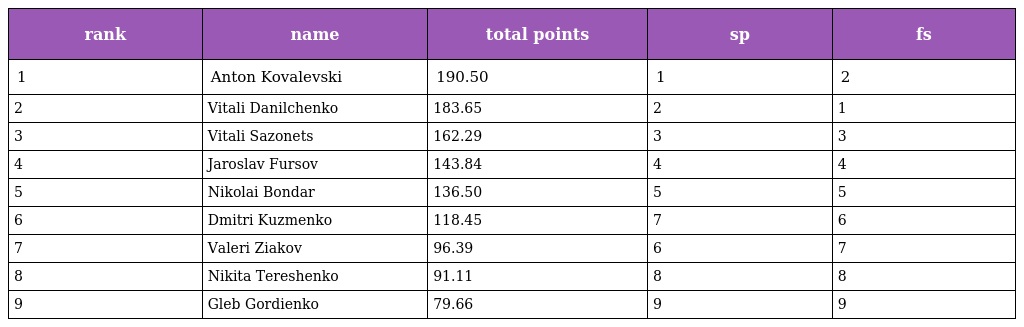
| rank | name | total points | sp | fs |
 | --- | --- | --- | --- | --- |
 | 1 | Anton Kovalevski | 190.50 | 1 | 2 |
 | 2 | Vitali Danilchenko | 183.65 | 2 | 1 |
 | 3 | Vitali Sazonets | 162.29 | 3 | 3 |
 | 4 | Jaroslav Fursov | 143.84 | 4 | 4 |
 | 5 | Nikolai Bondar | 136.50 | 5 | 5 |
 | 6 | Dmitri Kuzmenko | 118.45 | 7 | 6 |
 | 7 | Valeri Ziakov | 96.39 | 6 | 7 |
 | 8 | Nikita Tereshenko | 91.11 | 8 | 8 |
 | 9 | Gleb Gordienko | 79.66 | 9 | 9 |